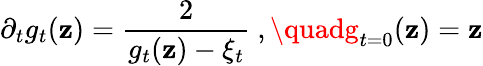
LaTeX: \partial_{t}g_{t}(\mathbf{z})=\frac{{2}}{{g_{t}(\mathbf{z})-\xi_{t}}}\ ,\quadg_{t=0}(\mathbf{z})=\mathbf{z}